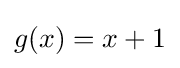
g(x)=x+1